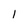
Character: 1